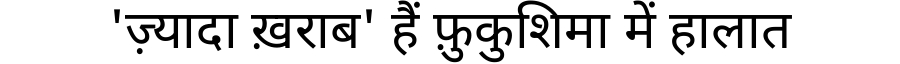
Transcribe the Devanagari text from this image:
'ज़्यादा ख़राब' हैं फ़ुकुशिमा में हालात